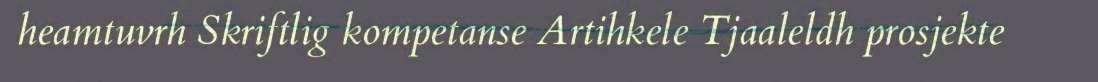
heamtuvrh Skriftlig kompetanse Artihkele Tjaaleldh prosjekte